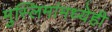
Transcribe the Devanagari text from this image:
मुस्लिमांमध्येही